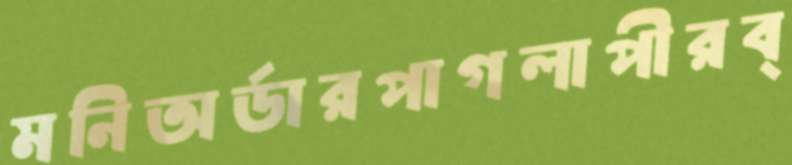
মনিঅর্ডারপাগলাপীরব্